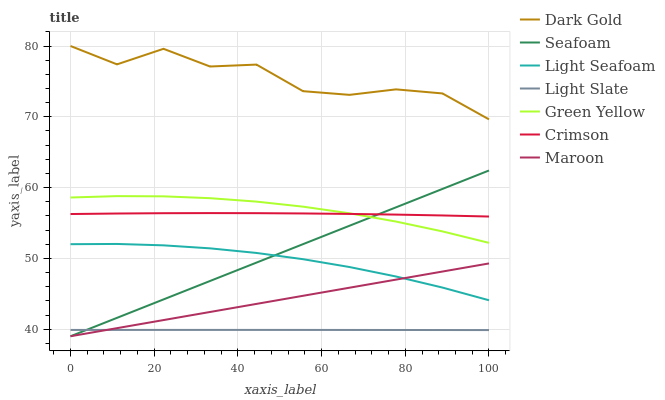
| xaxis_label | Dark Gold | Seafoam | Light Seafoam | Light Slate | Green Yellow | Crimson | Maroon |
 | --- | --- | --- | --- | --- | --- | --- | --- |
 | 0 | 80 | 39 | 52 | 39.9 | 58.6 | 56.3 | 39 |
 | 11.1 | 77.4 | 41.6 | 52 | 39.9 | 58.8 | 56.3 | 40.1 |
 | 22.2 | 79.6 | 44.2 | 51.8 | 39.9 | 58.8 | 56.4 | 41.3 |
 | 33.3 | 77.1 | 46.8 | 51.4 | 39.9 | 58.5 | 56.4 | 42.4 |
 | 44.4 | 77.4 | 49.4 | 50.8 | 39.9 | 58 | 56.4 | 43.6 |
 | 55.6 | 73.6 | 52 | 49.9 | 39.9 | 57.3 | 56.3 | 44.7 |
 | 66.7 | 73.1 | 54.6 | 48.8 | 39.9 | 56.4 | 56.3 | 45.9 |
 | 77.8 | 73.9 | 57.2 | 47.4 | 39.9 | 55.2 | 56.2 | 47 |
 | 88.9 | 73.3 | 59.8 | 45.9 | 39.9 | 53.8 | 56.1 | 48.1 |
 | 100 | 69.6 | 62.4 | 44.1 | 39.9 | 52.2 | 55.9 | 49.3 |